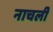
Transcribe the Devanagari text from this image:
नाचली